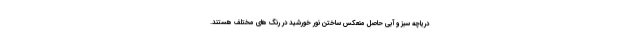
دریاچه سبز و آبی حاصل منعکس ساختن نور خورشید در رنگ های مختلف هستند.